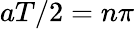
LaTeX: aT/2=n\pi